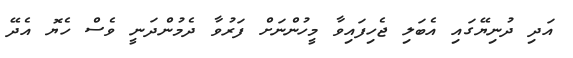
އަދި ދުނިޔޭގައި އެބަލި ޖެހިފައިވާ މީހުންނަށް ފަރުވާ ދެމުންދަނީ ވެސް ހެޔޮ އެދޭ